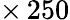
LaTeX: \times\, 250